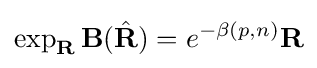
\exp _{\mathbf {R} }\mathbf {B} ({\hat {\mathbf {R} }})=e^{-\beta (p,n)}\mathbf {R}